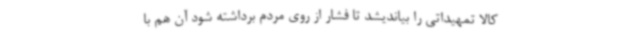
کالا تمهیداتی را بیاندیشد تا فشار از روی مردم برداشته شود آن هم با